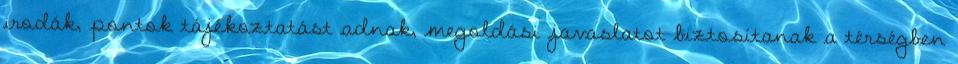
irodák, pontok tájékoztatást adnak, megoldási javaslatot biztosítanak a térségben